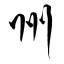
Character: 州